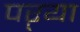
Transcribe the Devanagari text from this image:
पऱ्या